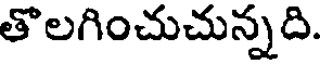
తొలగించుచున్నది.